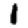
Digit: 1